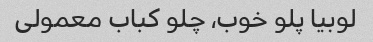
لوبیا پلو خوب، چلو کباب معمولی